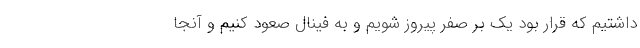
داشتیم که قرار بود یک بر صفر پیروز شویم و به فینال صعود کنیم و آنجا